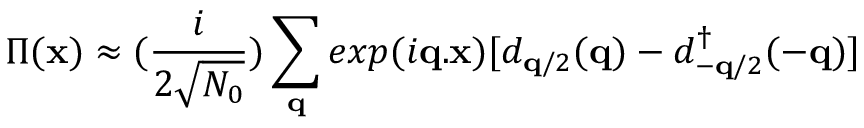
\Pi ( { \bf { x } } ) \approx ( \frac { i } { 2 \sqrt { N _ { 0 } } } ) \sum _ { { \bf { q } } } e x p ( i { \bf { q . x } } ) [ d _ { { \bf { q } } / 2 } ( { \bf { q } } ) - d _ { - { \bf { q } } / 2 } ^ { \dagger } ( - { \bf { q } } ) ]